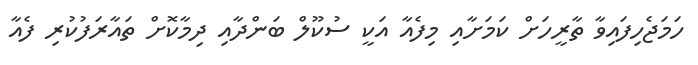
ހަމަޖެހިފައިވާ ތާރީހަށް ކަމަށާއި މިފެއާ އަކީ ސުކޫލް ބަންދާއި ދިމާކޮށް ތައާރަފުކުރި ފެއާ